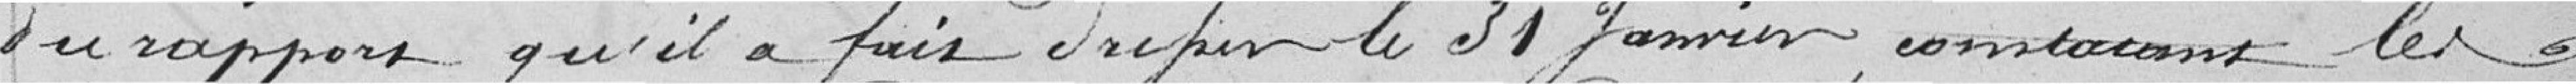
du rapport qu'il a fait dressé le 31 janvier, constatant les